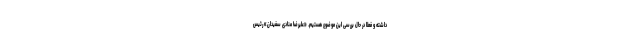
داشته و فعلا در حال بررسی این موضوع هستیم. «علیرضا منادی سفیدان» رئیس